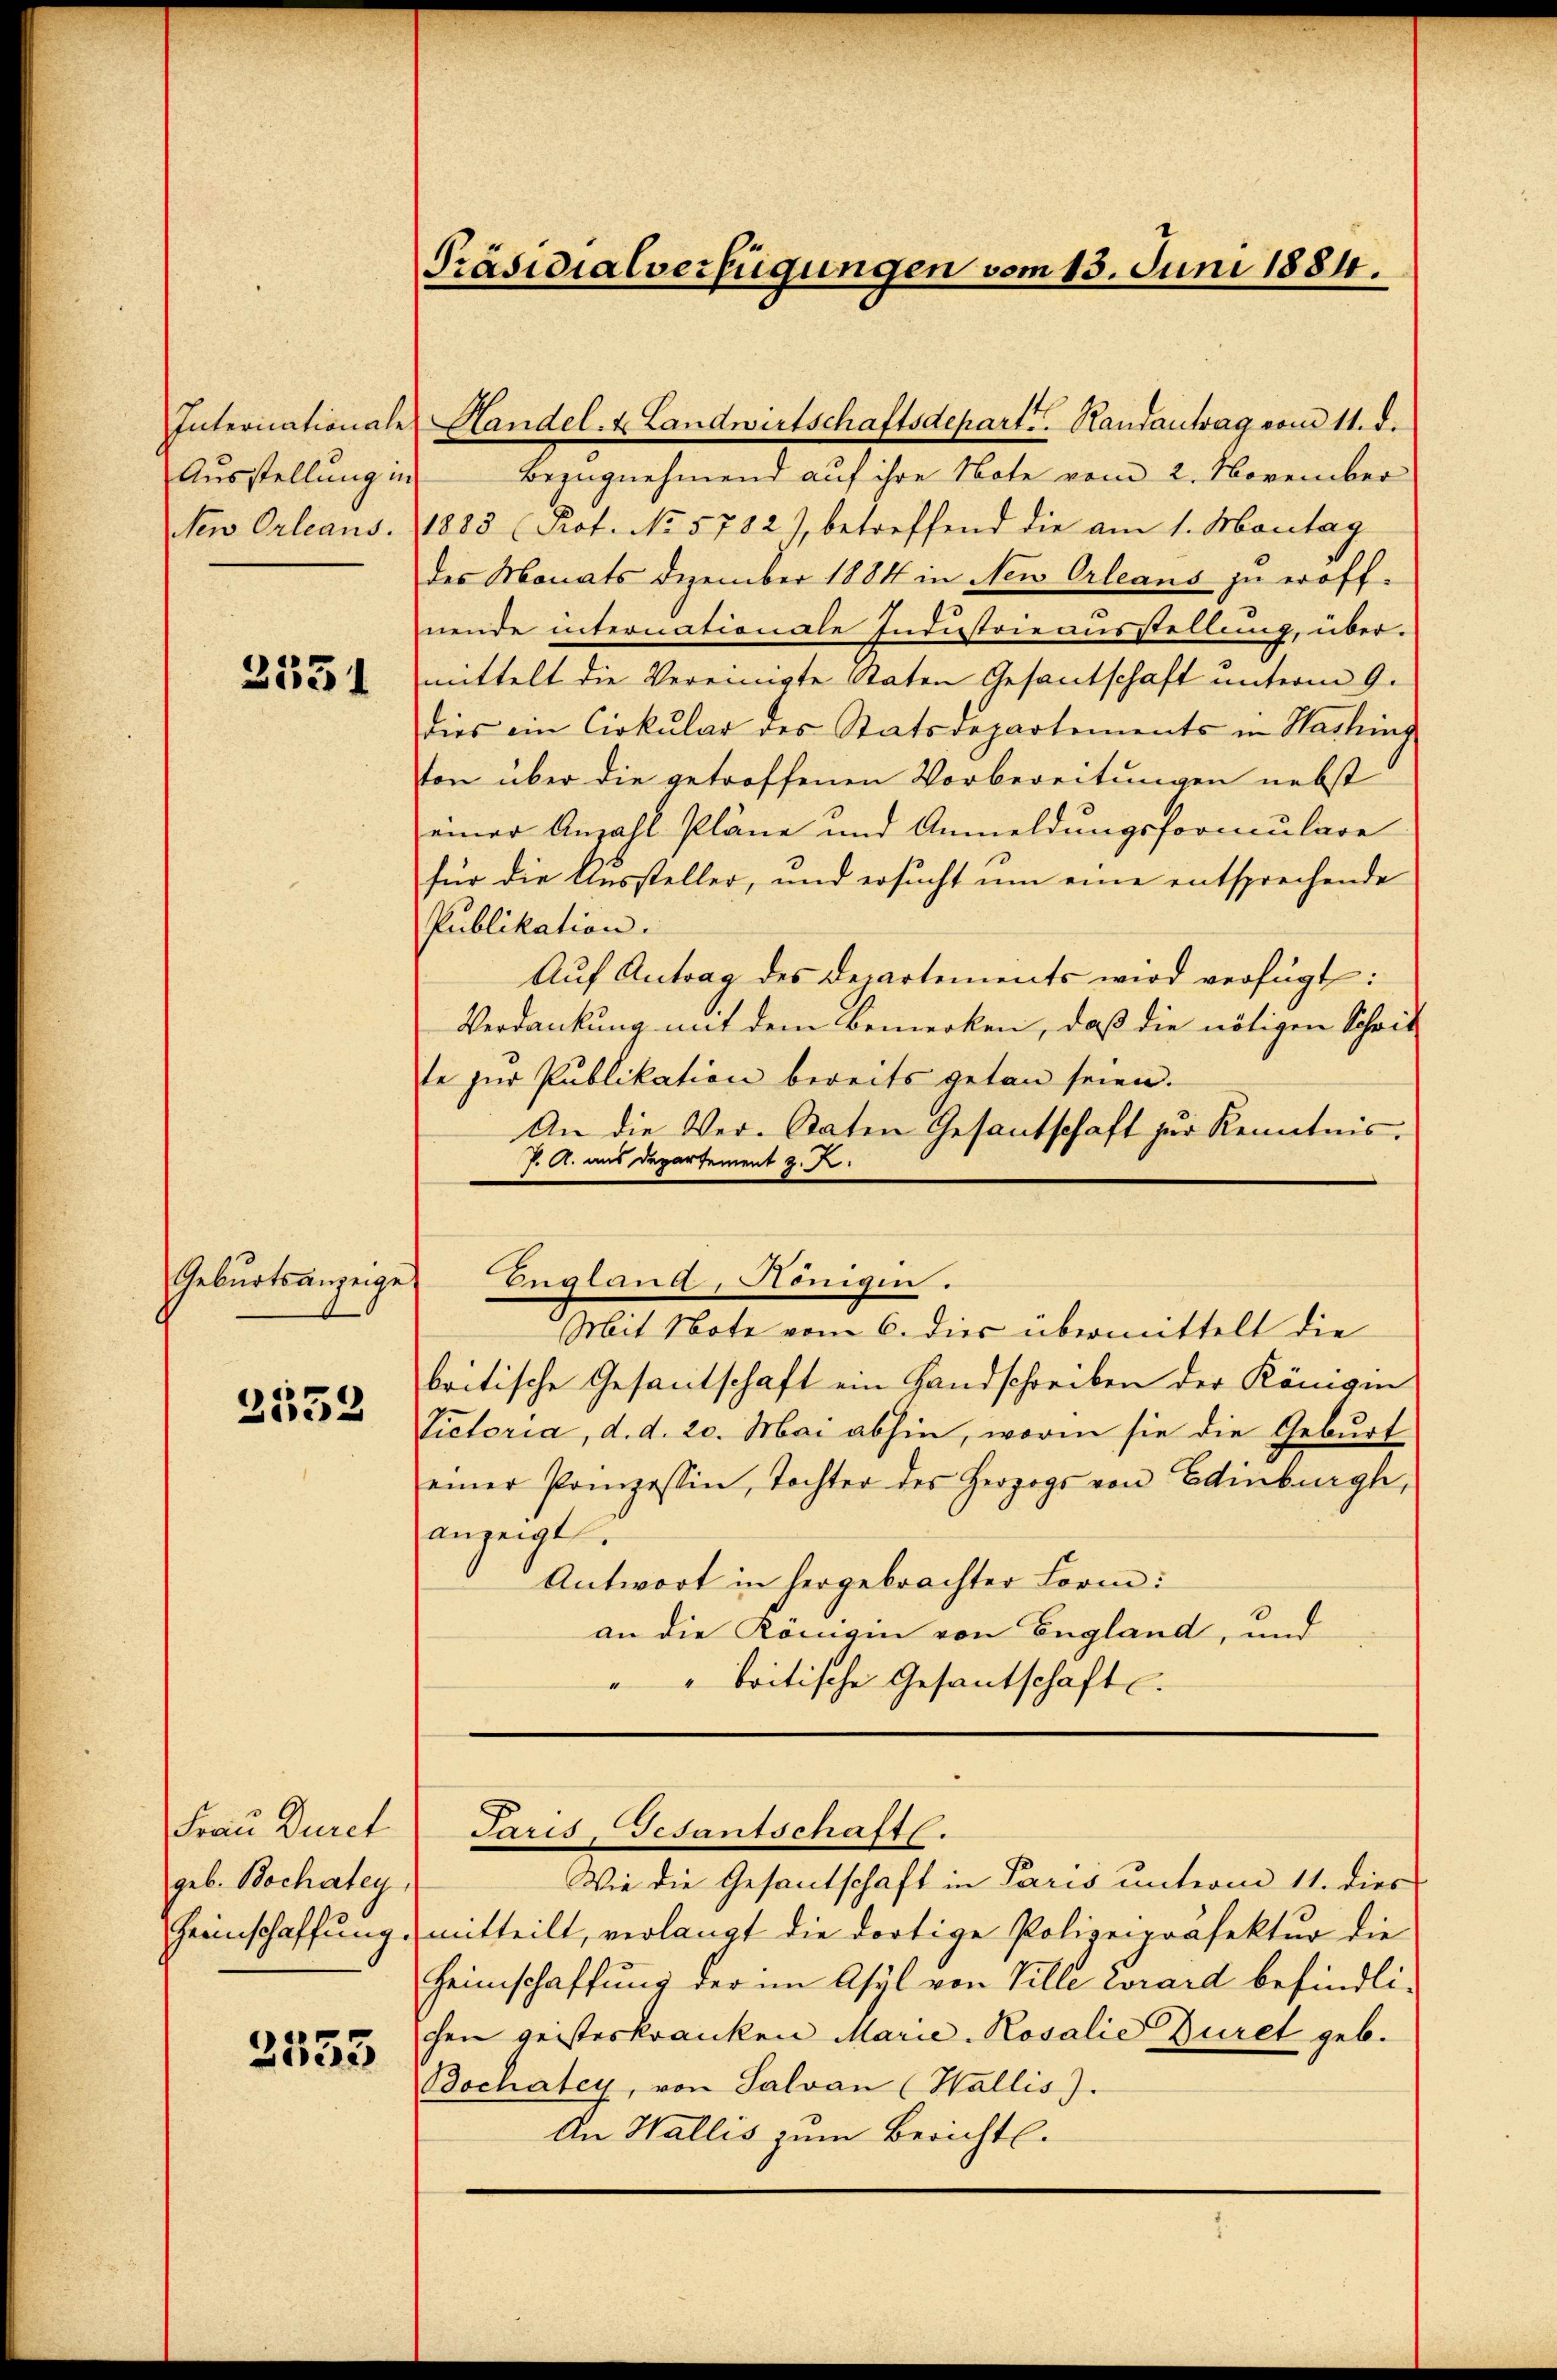
Internationale
Ausstellung in
Sew Orleans.

2531

Geburtsanzeige

2552

Frau Durch
geb. Bochatey
Geeinschaffung

3535

Präsidialverfügungen vom 13. Juni 1884.

Handel- & Landwirtschaftsdepart Randantrag vom 11. d.
Bezugnehmend auf ihre Note vom 2. November
1883 (Prot. No. 5782), betreffend die am 1. Montag
des Monats Dezember 1884 in Neu Orleans zu eröffnende internationale Industrie ausstellung, über-
mittelt die Vereinigte Raten Gesantschaft unterm 9.
dies ein Cirkular des Statsdepartements in Washing
ton über die getroffenen Vorbereitungen nebst
einer Anzahl Pläne und Anmeldungsformulare
für die Aussteller, und ersucht um eine entsprechende
Publikation.
Auf Antrag des Departements wird verfügt:
Verdankung mit dem Bemerken, daß die nötigen Schrit
te zur Publikation bereits getan seien.
An die Ver-Staten Gesantschaft zur Kenntnis.
P. A. aus Departement z. Z.
England, Königen.
Mit Note vom 6. dies übermittelt die
britische Gesantschaft ein Landschreiben der Königin
Victoria, d. d. 20. Mai abhin, worin sie die Geburt
einer Pompessin, Tochter des Herzogs von Edinburg,
anzeigt.
Antwort in hergebrachter Form:
an die Königin von England, und
“
"britische Gesantschaft

Paris, Gesantschaftl.

Wie die Gesantschaft in Paris unterm 11. dies
antteilt, verlangt die dortige Polizeipräsektur die
Heimschaffung der im Asyl von Ville Worard befindlichen geisteskranken Marie-Rosalie Duret geb.
Bochatey, von Salvan (Wallis).
An Wallis zum Berichtl.